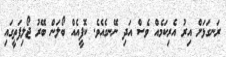
ރަނގަޅަށް އިރު އެރިކަމެއް ވެސް އަދި ނޭނގެއެވެ. ކޮފީއެއް ބޯލަން ބޭރު ޖޯލިފަތީގައި